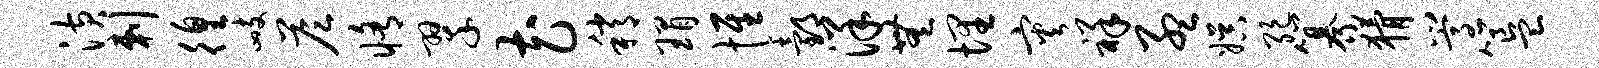
潢剌徨峙答修翠花稍瑁惟邰洋无埋灾祥孟娱绝纂猾嵩簋